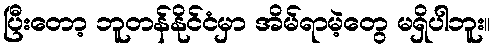
ပြီးတော့ ဘူတန်နိုင်ငံမှာ အိမ်ရာမဲ့တွေ မရှိပါဘူး။